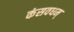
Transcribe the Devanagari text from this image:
कंसवधम्